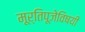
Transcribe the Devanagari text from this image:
मूर्तिपूजेविषयी